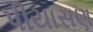
પીયાસણ